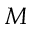
M